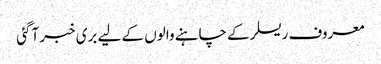
معروف ریسلر کے چاہنے والوں کے لیے بری خبر آگئی